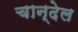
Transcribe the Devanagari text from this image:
चान्देल